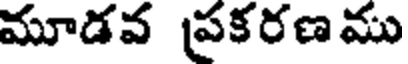
మూడవ ప్రకరణము